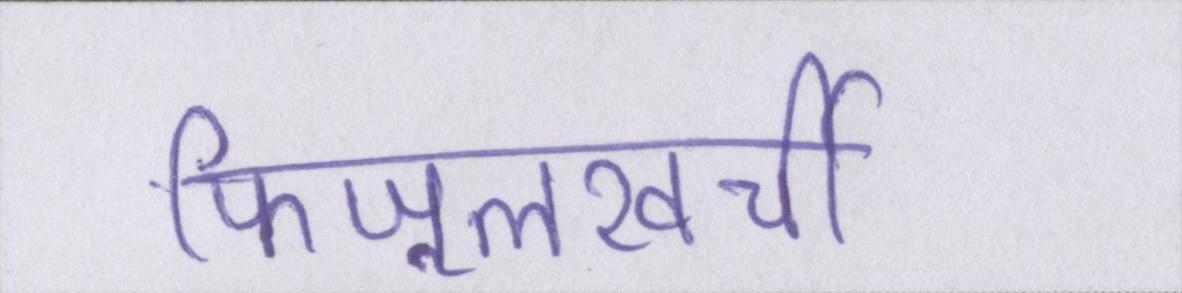
फिजूलखर्ची